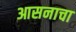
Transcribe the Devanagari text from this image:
आसनाचा